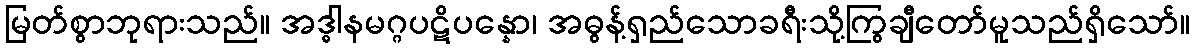
မြတ်စွာဘုရားသည်။ အဒ္ဓါနမဂ္ဂပဋိပန္နော၊ အဓွန့်ရှည်သောခရီးသို့ကြွချီတော်မူသည်ရှိသော်။